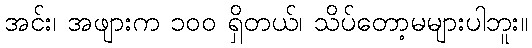
အင်း၊ အဖျားက ၁၀၀ ရှိတယ်၊ သိပ်တော့မများပါဘူး။